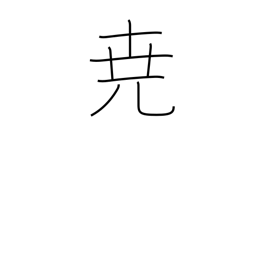
Meaning: high